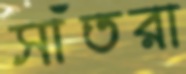
সাঁতরা